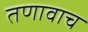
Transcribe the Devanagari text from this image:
तणावाच